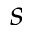
s